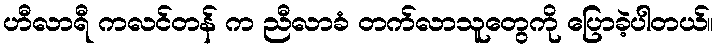
ဟီလာရီ ကလင်တန် က ညီလာခံ တက်လာသူတွေကို ပြောခဲ့ပါတယ်။